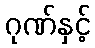
ဂုဏ်နှင့်